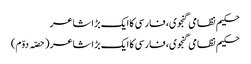
حکیم نظامی گنجوی، فارسی کا ایک بڑا شاعر
حکیم نظامی گنجوی، فارسی کا ایک بڑا شاعر (حصّہ دوّم)